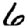
Digit: 6